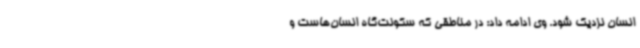
انسان نزدیک شود. وی ادامه داد: در مناطقی که سکونت‌گاه انسان‌هاست و